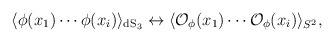
\begin{align*}\langle \phi(x_1) \cdots \phi(x_i)\rangle_{{\rm dS}_3} \leftrightarrow\langle {\cal{O}}_\phi(x_1) \cdots {\cal{O}}_\phi(x_i) \rangle_{S^2},\end{align*}